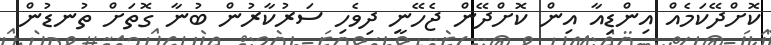
ކޮށްދޭކަމެއް އިންޑިއާ އިން ކޮށްދޭން ޖެހޭނީ ދިވެހި ސަރުކާރުން ބުނާ ގޮތަށް ތުނޑުން